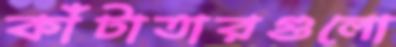
কাঁটাতারগুলো